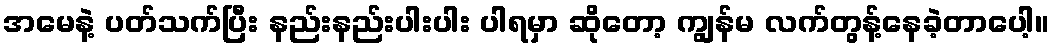
အမေနဲ့ ပတ်သက်ပြီး နည်းနည်းပါးပါး ပါရမှာ ဆိုတော့ ကျွန်မ လက်တွန့်နေခဲ့တာပေါ့။